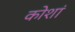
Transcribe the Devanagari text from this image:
कोशां